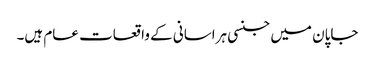
جاپان میں جنسی ہراسانی کے واقعات عام ہیں۔